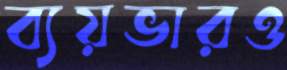
ব্যয়ভারও